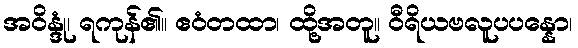
အဝိန္ဒုံ၊ ရကုန်၏။ ဧဝံတထာ၊ ထို့အတူ။ ဝီရိယဗလူပပန္နော၊